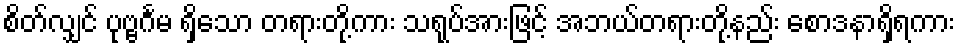
စိတ်လျှင် ပုဗ္ဗင်္ဂမ ရှိသော တရားတို့ကား သရုပ်အားဖြင့် အဘယ်တရားတို့နည်း စောဒနာရှိရကား